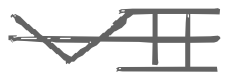
Text: VII
Cross-out: single-line
Writing tool: digital_gray